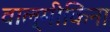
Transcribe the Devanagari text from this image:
वाल्मीकिना